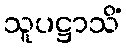
သူပဋ္ဌာသိံ